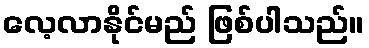
လေ့လာနိုင်မည် ဖြစ်ပါသည်။